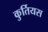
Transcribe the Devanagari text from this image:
कुर्तियस